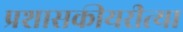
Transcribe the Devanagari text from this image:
प्रशासकीयरीत्या